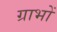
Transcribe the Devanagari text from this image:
ग्राभों